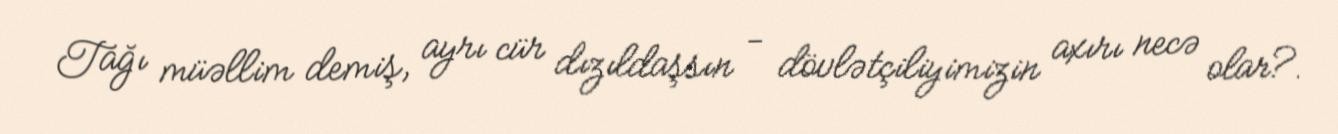
Tağı müəllim demiş, ayrı cür dızıldaşsın - dövlətçiliyimizin axırı necə olar?.